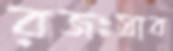
রজঃস্রাব